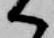
へ